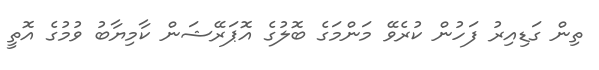
ތިން ގަޑިއިރު ފަހުން ކުރެވޭ މަންމަގެ ބޮލުގެ އޮޕަރޭޝަން ކާމިޔާބު ވުމުގެ އޮތީ